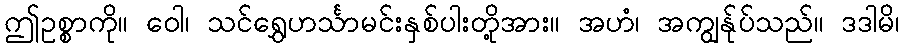
ဤဥစ္စာကို။ ဝေါ၊ သင်ရွှေဟင်္သာမင်းနှစ်ပါးတို့အား။ အဟံ၊ အကျွန်ုပ်သည်။ ဒဒါမိ၊